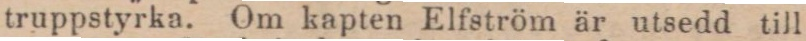
truppstyrka. Om kapten Elfström är utsedd till